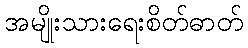
အမျိုးသားရေးစိတ်ဓာတ်